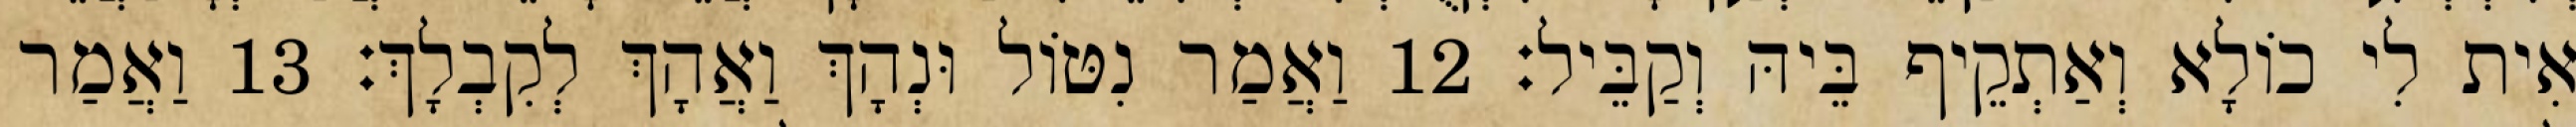
אִית לִי כוֹלָא וְאַתְקֵיף בֵּיהּ וְקַבֵּיל׃ 12 וַאֲמַר נִטּוֹל וּנְהָךְ וַאֲהָךְ לְקִבְלָךְ׃ 13 וַאֲמַר